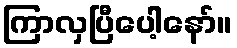
ကြာလှပြီပေါ့နော်။